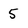
Character: 5